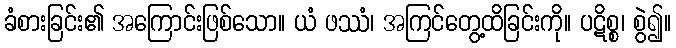
ခံစားခြင်း၏ အကြောင်းဖြစ်သော။ ယံ ဖဿံ၊ အကြင်တွေ့ထိခြင်းကို။ ပဋိစ္စ၊ စွဲ၍။